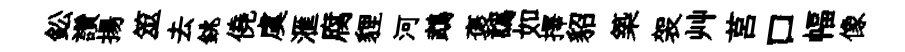
鈆讚揚筮去銚僥虞滙腐貍河鵡褒譌如擇貂築袈艸莒口幅像